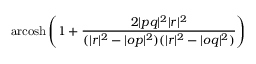
\operatorname { a r c o s h } \left( 1 + { \frac { 2 | p q | ^ { 2 } | r | ^ { 2 } } { ( | r | ^ { 2 } - | o p | ^ { 2 } ) ( | r | ^ { 2 } - | o q | ^ { 2 } ) } } \right)